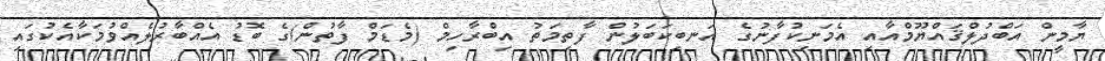
ޔާމީން އަބްދުލްޤައްޔޫމްއާއި އެމަނިކުފާނުގެ އަނބިކަބަލުން ފާތިމަތު އިބްރާހިމް (މެޑަމް ފާތުން)ގެ ބޮޑު އެއްބާރުލެއްވުމަކާއެކުގައި